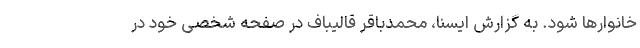
خانوارها شود. به گزارش ایسنا، محمدباقر قالیباف در صفحه شخصی خود در